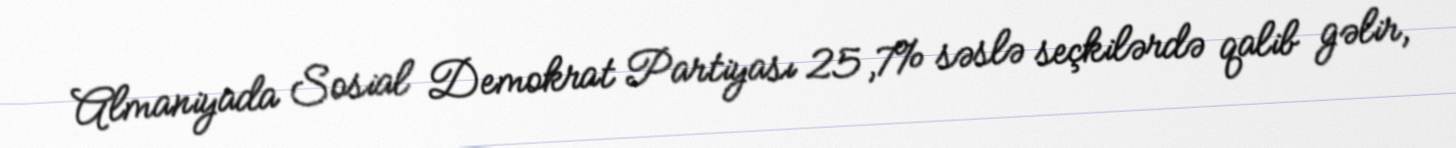
Almaniyada Sosial Demokrat Partiyası 25,7% səslə seçkilərdə qalib gəlir,